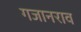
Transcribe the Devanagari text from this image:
गजानराव